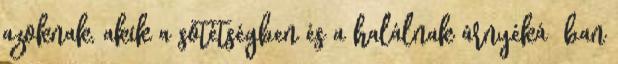
azoknak, akik a sötétségben és a halálnak árnyéká− ban